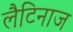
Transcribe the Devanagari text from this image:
लैटिनाज